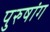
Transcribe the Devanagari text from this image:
पुरुषांग